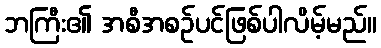
ဘကြီး၏ အစီအစဉ်ပင်ဖြစ်ပါလိမ့်မည်။